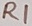
Text: R1